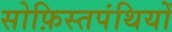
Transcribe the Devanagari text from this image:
सोफ़िस्तपंथियों